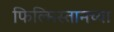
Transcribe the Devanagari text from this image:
फिल्मिस्तानच्या